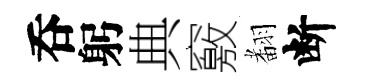
呑躬典竅𮋒断